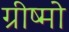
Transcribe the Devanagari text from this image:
ग्रीष्मो